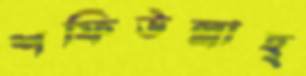
শফিউল্লাহ্